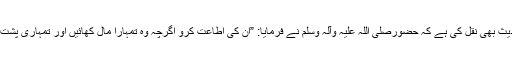
“ علاوہ بریں یہ حدیث بھی نقل کی ہے کہ حضورصلی اللہ علیہ وآلہ وسلم نے فرمایا: ”ان کی اطاعت کرو اگرچہ وہ تمہارا مال کھائیں اور تمہاری پشت پر ضربت لگائیں۔